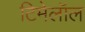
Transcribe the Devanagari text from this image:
टिमेलॉल